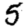
Digit: 5